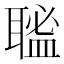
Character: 𦗃